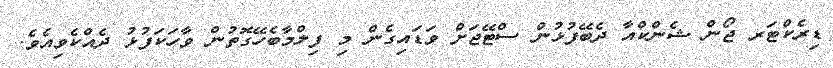
ޑިރެކްޓަރ ޖޯން ޝެންކްއާ ދެބޭފުޅުން ސްޓޭޖަށް ވަޑައިގެން މި ފިލްމާބެހޭގޮތުން ވާހަކަފުޅު ދެއްކެވިއެވެ.